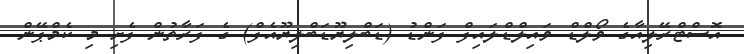
އޮސްޓްރޭލިއާގެ ވޯލްޑް ވައިލްޑްލައިފް ފަންޑު (ޑަބްލިޔޫޑަބްލިޔޫއެފް) ގެ ފަރާތުން ފެށި މި ކެމްޕޭން